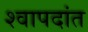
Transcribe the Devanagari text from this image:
श्वापदांत